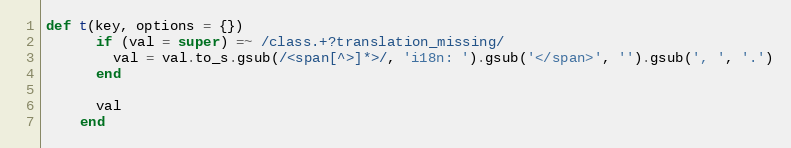
Language: Ruby
def t(key, options = {})
      if (val = super) =~ /class.+?translation_missing/
        val = val.to_s.gsub(/<span[^>]*>/, 'i18n: ').gsub('</span>', '').gsub(', ', '.')
      end

      val
    end